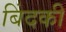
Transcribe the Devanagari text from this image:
बिंदकी